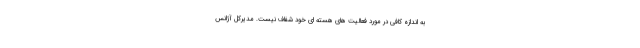
به اندازه کافی در مورد فعالیت های هسته ای خود شفاف نیست. مدیرکل آژانس